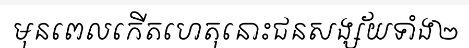
មុនពេលកើតហេតុនោះជនសង្ស័យទាំង២